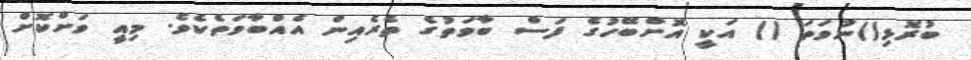
ބުރޮޅި()ނުވަތަ () އަކީ އޮށްބޭހުގެ ފަސް ބާވަތުގެ ތެރެއިން އެއްބާވަތެކެވެ. މިއީ ވަށްކޮށް